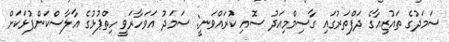
ސަމަދުގެ ތައުޒިއާގެ ދަފްތަރުގައި ގާސިމްމިއަދު ސޮއި ކުރައްވަނީ: ސަމަދު އަވަހާރަވީ ހިތްޕުޅުގެ އާލާސްކަންފުޅަކަށް